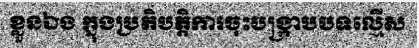
ខ្លួនឯង ក្នុងប្រតិបត្តិការចុះបង្ក្រាបបទល្មើស